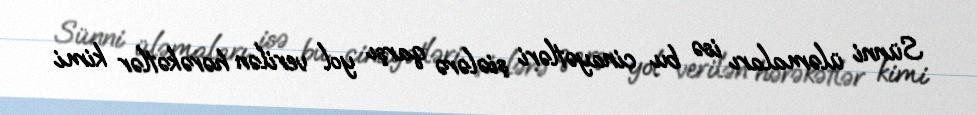
Sünni üləmaları isə bu cinayətləri şiələrə qarşı yol verilən hərəkətlər kimi